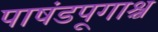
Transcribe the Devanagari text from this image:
पाषंडपूगाश्च